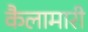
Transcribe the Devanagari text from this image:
कैलामारी